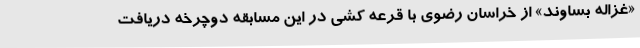
«غزاله بساوند» از خراسان رضوی با قرعه کشی در این مسابقه دوچرخه دریافت